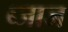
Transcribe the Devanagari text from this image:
ब्जाज